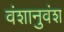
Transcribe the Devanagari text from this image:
वंशानुवंश